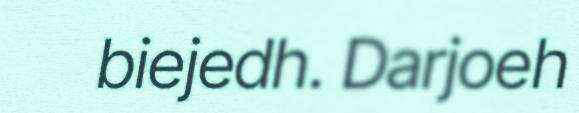
biejedh. Darjoeh